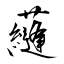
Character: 蘕